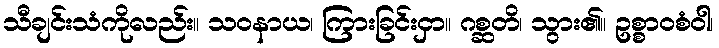
သီချင်းသံကိုလည်း။ သဝနာယ၊ ကြားခြင်းငှာ။ ဂစ္ဆတိ၊ သွား၏။ ဥစ္စာဝစံဝါ၊